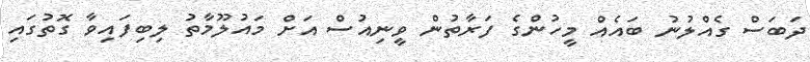
ދަބަސް ގެއްލުނު ބައެއް މީހުންގެ ފަރާތުން ވީނިއުސް އަށް މައުލޫމާތު ލިބިފައިވާ ގޮތުގައި